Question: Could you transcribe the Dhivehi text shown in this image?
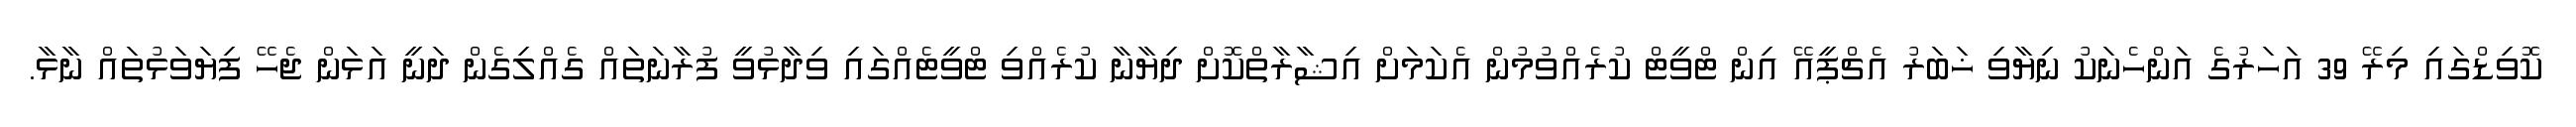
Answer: ކޮވިޑްގައި މިރޭ 39 އަހަރުގެ އަންހެނަކު ނިޔާވި ޚަބަރު އެޗްޕީއޭ އިން ޓްވީޓް ކުރެއްވުމުން އެކަމަށް އިޝާރާތްކޮށް ދިޔާނާ ކުރެއްވި ޓްވީޓެއްގައި ވިދާޅުވީ ފުރާނަތައް ގެއްލިގެން ދަނީ އަޅަން ޖެހޭ ފިޔަވަޅުތައް ނާޅާ.